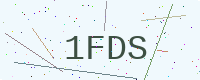
Text: 1FDS